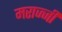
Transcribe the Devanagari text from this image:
मराज्जी